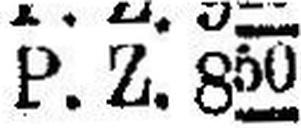
P. Z. 850